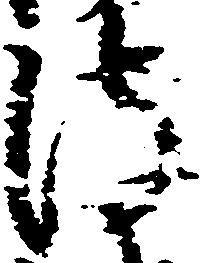
彼